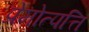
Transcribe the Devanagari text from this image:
प्रेमोत्पत्ति